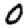
Digit: 0